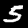
Label: 5